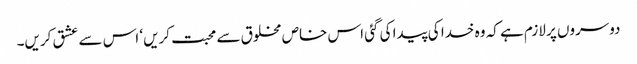
دوسروں پر لازم ہے کہ وہ خدا کی پیدا کی گئی اس خاص مخلوق سے محبت کریں‘ اس سے عشق کریں۔